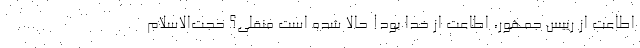
اطاعت از رییس جمهور، اطاعت از خدا بود! حالا شده است منقلی؟ حجت‌الاسلام